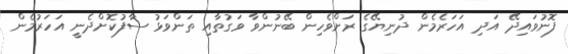
ފޮނުވައިދޭ އަދި އަހަރެމެން ދުނިޔޭގެ ރަށްވެހިން ބޭނުންވާ ވަގުތާއި ތަންވަޅު ސާފުކޮށްދެނީ އަހަރުމެން